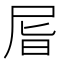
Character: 㞓